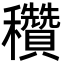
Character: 穳